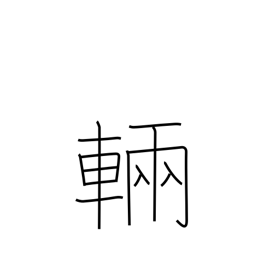
Meaning: counter for large vehicles